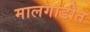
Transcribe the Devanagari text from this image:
मालगाडीत